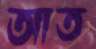
আত